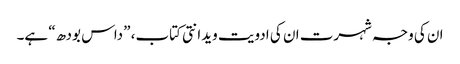
ان کی وجہ شہرت ان کی ادویت ویدانتی کتاب، ”داس بودھ“ ہے۔